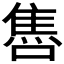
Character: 𨿞